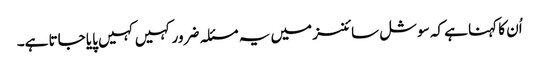
اُن کا کہنا ہے کہ سوشل سائنسز میں یہ مسئلہ ضرور کہیں کہیں پایا جاتا ہے۔